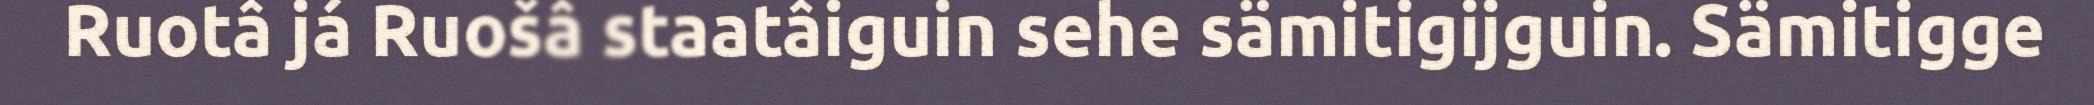
Ruotâ já Ruošâ staatâiguin sehe sämitigijguin. Sämitigge